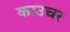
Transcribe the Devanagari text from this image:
काउचर